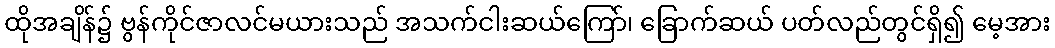
ထိုအချိန်၌ ဗွန်ကိုင်ဇာလင်မယားသည် အသက်ငါးဆယ်ကြော်၊ ခြောက်ဆယ် ပတ်လည်တွင်ရှိ၍ မေ့အား